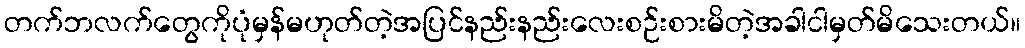
တက်ဘလက်တွေကိုပုံမှန်မဟုတ်တဲ့အပြင်နည်းနည်းလေးစဉ်းစားမိတဲ့အခါငါမှတ်မိသေးတယ်။